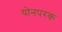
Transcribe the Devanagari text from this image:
योनपरक